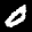
Label: 0